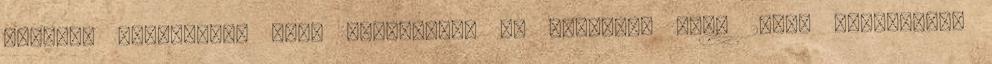
Pearson Education, Inc. publishing as Prentice Hall 2005. szeptember